Indian journal of veterinary science and animal husbandry - Volume 7,
Year: 1937
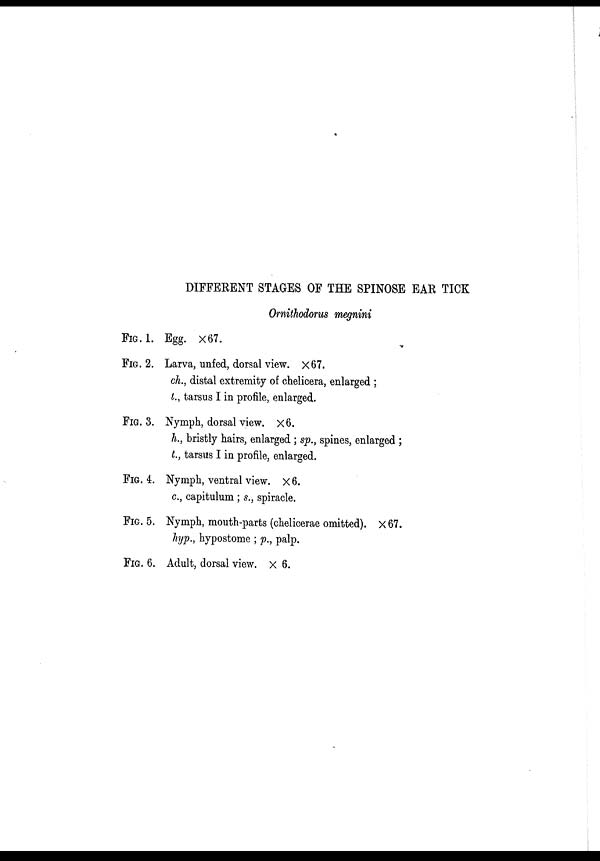
DIFFERENT STAGES OF THE SPINOSE EAR TICK
Ornithodorus megnini
FIG. 1. Egg. ×67.
FIG. 2. Larva, unfed, dorsal view. × 67.
ch., distal extremity of chelicera, enlarged ;
t., tarsus I in profile, enlarged.
FIG. 3. Nymph, dorsal view. × 6.
h., bristly hairs, enlarged ; sp., spines, enlarged ;
t., tarsus I in profile, enlarged.
FIG. 4. Nymph, ventral view. × 6.
c., capitulum ; s., spiracle.
FIG. 5. Nymph, mouth-parts (chelicerae omitted). × 67.
hyp., hypostome ; p., palp.
FIG. 6. Adult, dorsal view. × 6.